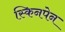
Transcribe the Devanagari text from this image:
स्किनपेन